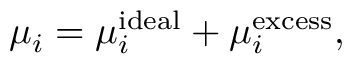
\mu _ { i } = \mu _ { i } ^ { \mathrm { i d e a l } } + \mu _ { i } ^ { \mathrm { e x c e s s } } ,